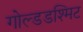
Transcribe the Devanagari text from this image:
गोल्डडश्मिट